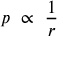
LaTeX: p \ \propto \ { \frac { 1 } { r } }